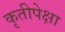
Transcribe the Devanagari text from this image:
कृतीपेक्षा